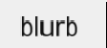
blurb